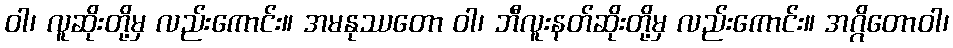
ဝါ၊ လူဆိုးတို့မှ လည်းကောင်း။ အမနုဿတော ဝါ၊ ဘီလူးနတ်ဆိုးတို့မှ လည်းကောင်း။ အဂ္ဂိတောဝါ၊